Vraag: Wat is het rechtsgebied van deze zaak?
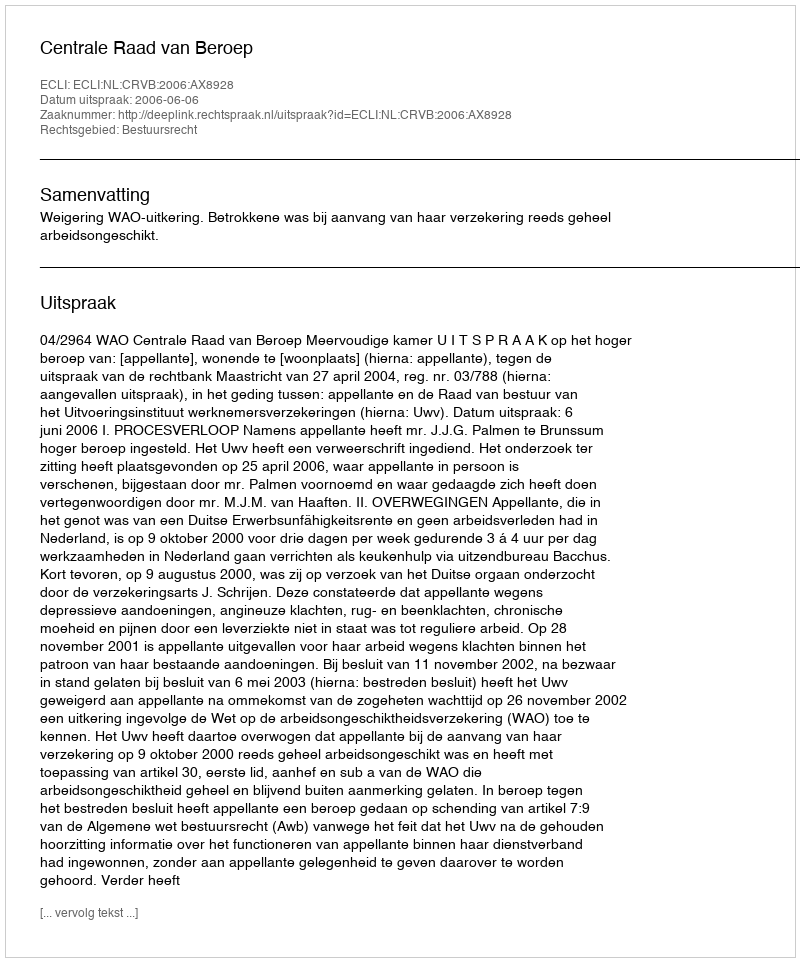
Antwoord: Bestuursrecht